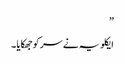
”
ایکلویہ نے سر کو جھکایا ۔